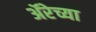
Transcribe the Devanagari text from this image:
ॲरेच्या